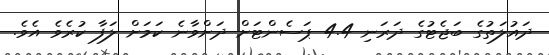
ދައުލަތުގެ ބަޖެޓުގެ ދަރަނި 4.4 ޕަސެންޓަށް ދަށްވާނެ ކަމަށް ލަފާ ކުރެވެ އެވެ.